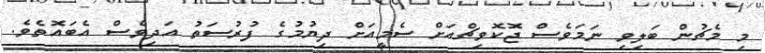
މި މެޗުން ބަލިވި ނަމަވެސް ޖޮކޮވިޗްއަށް ސެމީއަށް ދިޔުމުގެ ފުރުސަތު އަދިވެސް އެބައޮތެވެ.